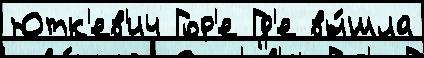
Ютк'ев'ич Гор'е Гд'е вы́шла